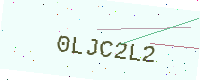
Text: 0LJC2L2